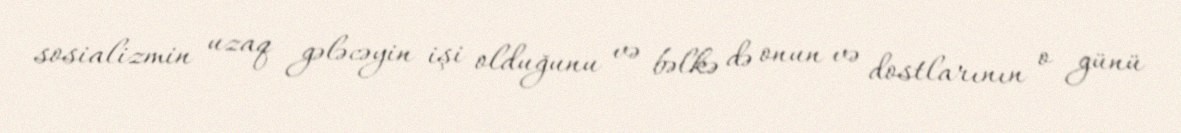
sosializmin uzaq gələcəyin işi olduğunu və bəlkə də onun və dostlarının o günü